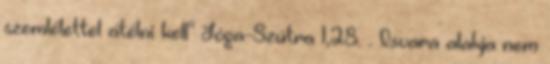
szemlélettel átélni kell" Jóga-Szútra 1,28. . Isvara alakja nem